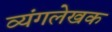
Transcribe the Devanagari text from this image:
व्यंगलेखक